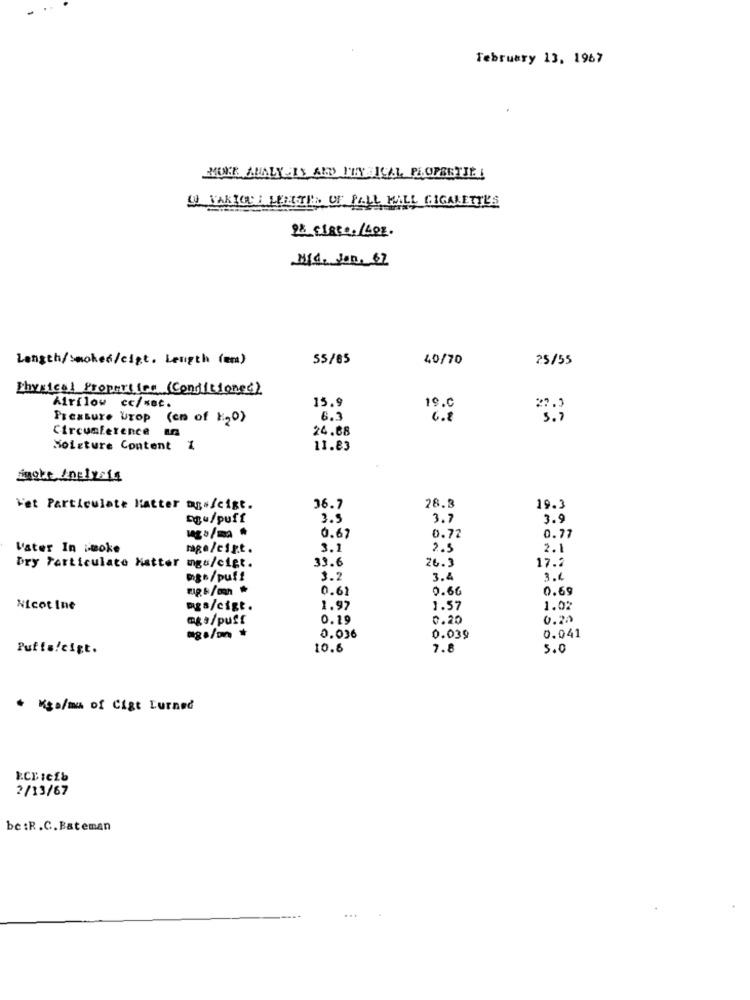
February 13, 1967
MIKE ANALYSIS AND PHYSICAL PROPERTIES
W TAKICH LENTES OF PALL MALL GIGALETTES
95 FIRE ., /4DE.
MIC. Jon, 67
Length/Smoked/cigt. Length (em)
55/65
40/70
25/55
Physical Properties (Condiciones)
Airflow cc/=at.
15.9
19.0
27.3
Pressure Urop (em of H20)
6.1
6.2
5 . 7
Circumference an
24.68
Moisture Content %
11.83
macke, Analysis
Vet Particulate Katter mg./cigt.
36.7
28.3
19.3
DEu/puff
3.5
3.7
3.9
us/ma .
0.67
0.72
0.77
Vater In smoke
mage/cir.t.
3.1
2.5
2.1
Dry Particulate Hatter ingu/cigt.
33.6
26.3
17.2
nge/puff
3.2
3.4
3.4
0.61
0.66
0.69
Nicot Ine
mga/cigt.
1.97
1.57
1.02
@ge/puff
0.29
0.20
0.20
0.041
mgs/m +
0.036
0.039
Putte!cigt.
10.6
7.8
5.0
+ Kgs/mu of Cist Turned
2/13/67
be :R.C. Bateman